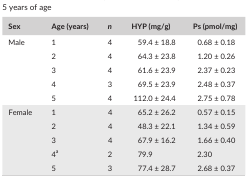
| Sex | Age (years) | n | HYP (mg/g) | Ps (pmol/mg) |
 | --- | --- | --- | --- | --- |
 | <ROWSPAN=5> Male | 1 | 4 | 59.4 ± 18.8 | 0.68 ± 0.18 |
 | 2 | 4 | 64.3 ± 23.8 | 1.20 ± 0.26 |
 | 3 | 4 | 61.6 ± 23.9 | 2.37 ± 0.23 |
 | 4 | 3 | 69.5 ± 23.9 | 2.48 ± 0.37 |
 | 5 | 4 | 112.0 ± 24.4 | 2.75 ± 0.78 |
 | <ROWSPAN=5> Female | 1 | 4 | 65.2 ± 26.2 | 0.57 ± 0.15 |
 | 2 | 4 | 48.3 ± 22.1 | 1.34 ± 0.59 |
 | 3 | 4 | 67.9 ± 16.2 | 1.66 ± 0.40 |
 | 4a | 2 | 79.9 | 2.30 |
 | 5 | 3 | 77.4 ± 28.7 | 2.68 ± 0.37 |